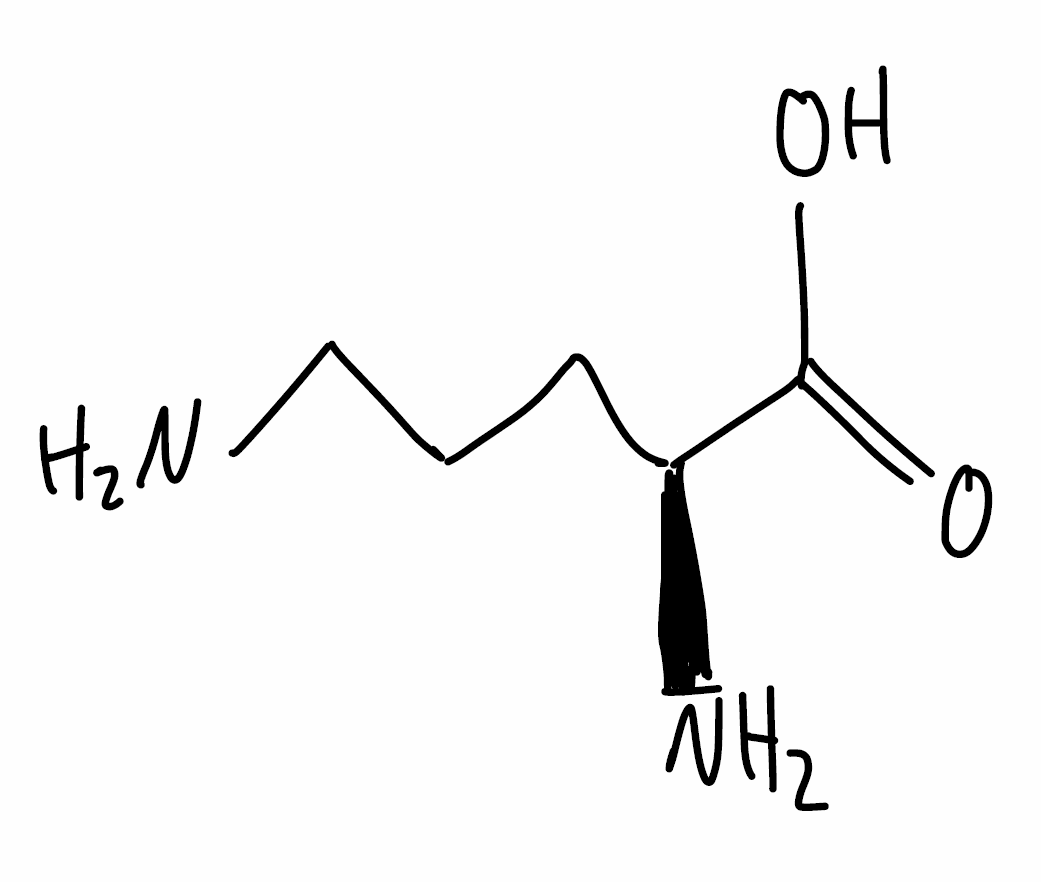
Simplified molecular-input line-entry system (SMILES) notation of the given molecule:
C(C[C@@H](C(=O)O)N)CN